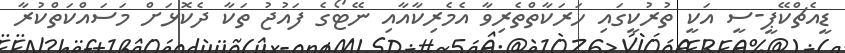
ޑީއެޗްކޭޕީ-ސީ އަކީ ތުރުކީގައި ހަރަކާތްތެރިވާ އެމެރިކާއާއި ނޭޓޯގެ ފައުޖު ތަކާ ދެކޮޅަށް މަސައްކަތްކުރާ